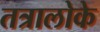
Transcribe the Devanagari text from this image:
तत्रालोके